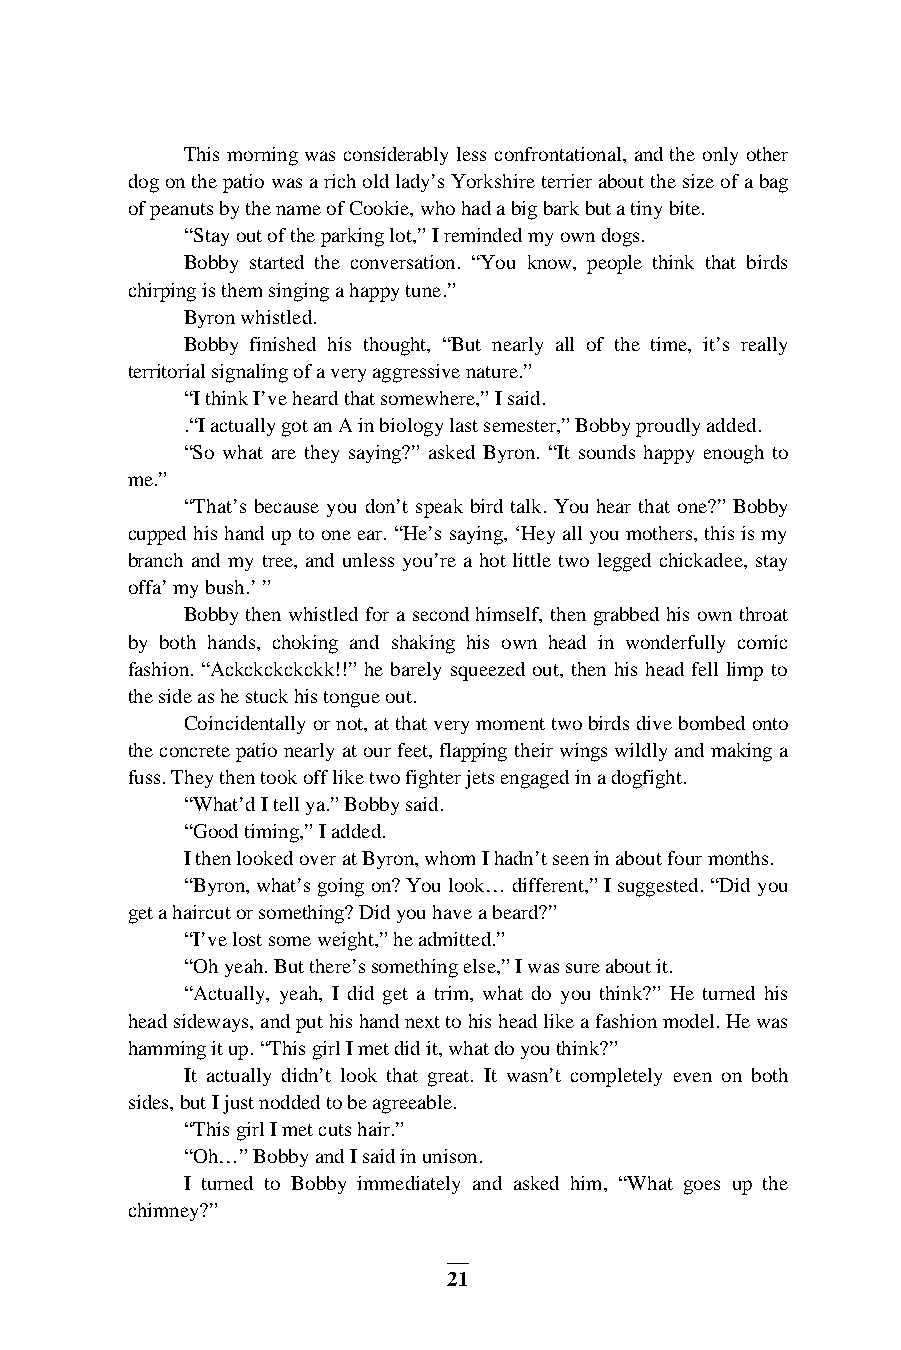
This morning was considerably less confrontational, and the only other
 dog on the patio was a rich old lady’s Yorkshire terrier about the size of a bag
 of peanuts by the name of Cookie, who had a big bark but a tiny bite.
 “Stay out of the parking lot,” I reminded my own dogs.
 Bobby started the conversation. “You know, people think that birds
 chirping is them singing a happy tune.”
 Byron whistled.
 Bobby finished his thought, “But nearly all of the time, it’s really
 territorial signaling of a very aggressive nature.”
 “I think I’ve heard that somewhere,” I said.
 .“I actually got an A in biology last semester,” Bobby proudly added.
 “So what are they saying?” asked Byron. “It sounds happy enough to
 me.”
 “That’s because you don’t speak bird talk. You hear that one?” Bobby
 cupped his hand up to one ear. “He’s saying, ‘Hey all you mothers, this is my
 branch and my tree, and unless you’re a hot little two legged chickadee, stay
 offa’ my bush.’ ”
 Bobby then whistled for a second himself, then grabbed his own throat
 by both hands, choking and shaking his own head in wonderfully comic
 fashion. “Ackckckckckk!!” he barely squeezed out, then his head fell limp to
 the side as he stuck his tongue out.
 Coincidentally or not, at that very moment two birds dive bombed onto
 the concrete patio nearly at our feet, flapping their wings wildly and making a
 fuss. They then took off like two fighter jets engaged in a dogfight.
 “What’d I tell ya.” Bobby said.
 “Good timing,” I added.
 I then looked over at Byron, whom I hadn’t seen in about four months.
 “Byron, what’s going on? You look… different,” I suggested. “Did you
 get a haircut or something? Did you have a beard?”
 “I’ve lost some weight,” he admitted.”
 “Oh yeah. But there’s something else,” I was sure about it.
 “Actually, yeah, I did get a trim, what do you think?” He turned his
 head sideways, and put his hand next to his head like a fashion model. He was
 hamming it up. “This girl I met did it, what do you think?”
 It actually didn’t look that great. It wasn’t completely even on both
 sides, but I just nodded to be agreeable.
 “This girl I met cuts hair.”
 “Oh…” Bobby and I said in unison.
 I turned to Bobby immediately and asked him, “What goes up the
 chimney?”
 21